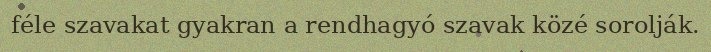
féle szavakat gyakran a rendhagyó szavak közé sorolják.